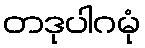
တဒုပါဂမုံ